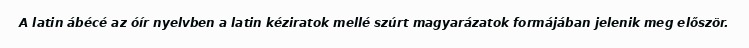
A latin ábécé az óír nyelvben a latin kéziratok mellé szúrt magyarázatok formájában jelenik meg először.